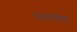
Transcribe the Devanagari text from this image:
पालनीय